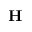
\mathbf { H }